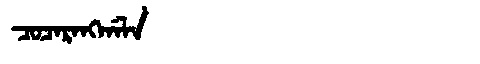
Manchu: ᠴᠣᠴᠠᡵᠠᠩᡤᠠᠯᠠ
Romanization: COCARANGGALA